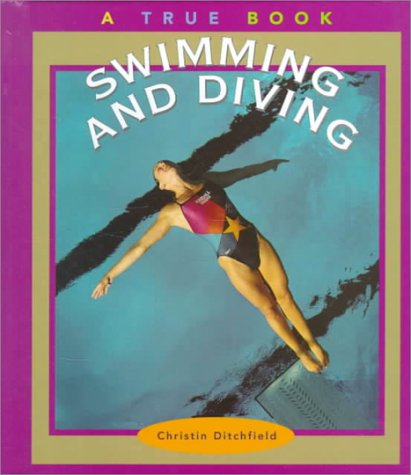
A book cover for Swimming and Diving (True Books: Sports); Christin Ditchfield; Children's Books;